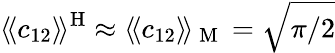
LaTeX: \langle\! \langle c_{12}\rangle\! \rangle^{\mathrm{H}}\approx\langle\! \langle c_{12}\rangle\! \rangle_{\mathrm{~M~}}=\sqrt{\pi/2}